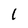
Character: 1